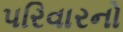
પરિવારનો